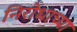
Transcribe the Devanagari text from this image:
निरोधाच्या